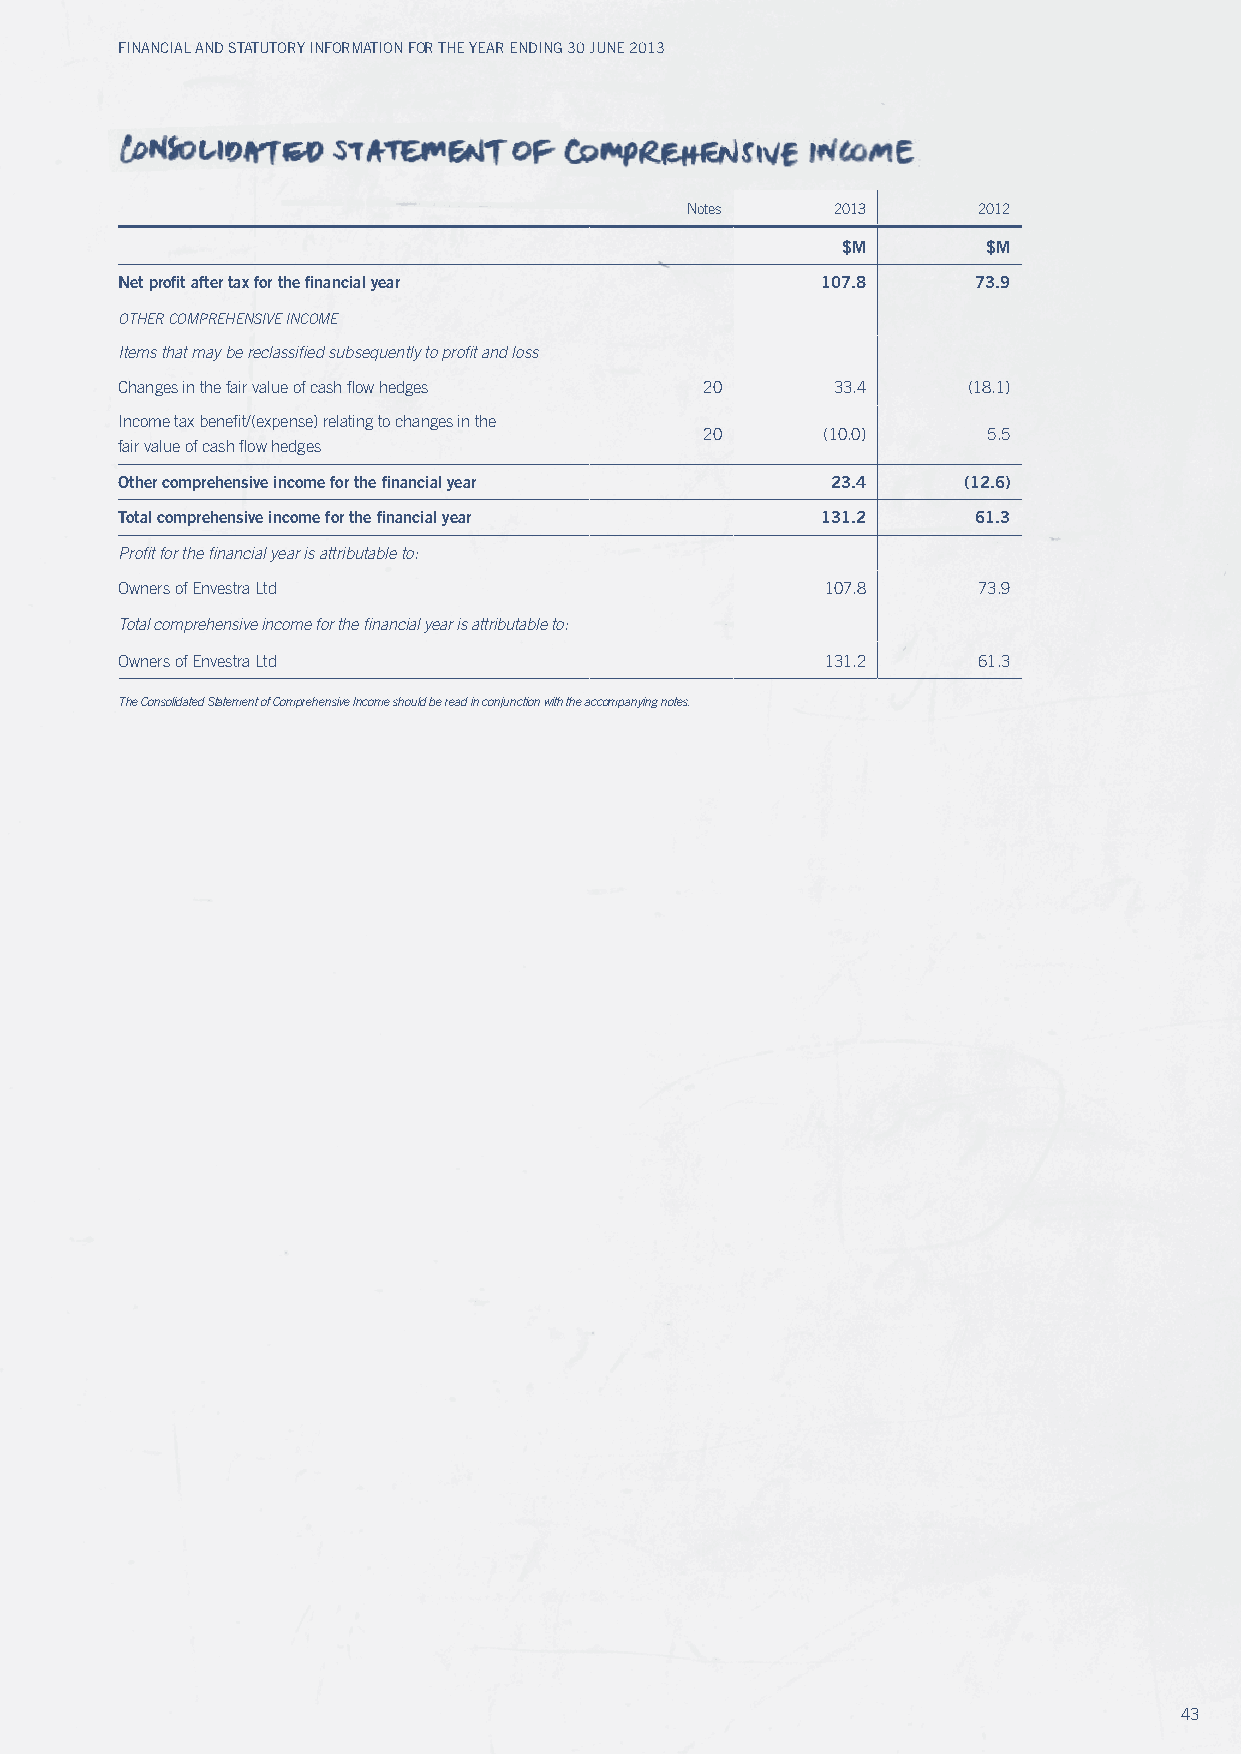
Financial and Statutory inFormation For the year ending 30 June 2013
 Notes     2013      2012
 $M       $M
 Net profit after tax for the financial year   107.8      73.9
 otHER CoMpREHEnsIvE InCoME
 Items that may be reclassified subsequently to profit and loss
 Changes in the fair value of cash flow hedges 20 33.4   (18.1)
 Income tax benefit/(expense) relating to changes in the
 20     (10.0)     5.5
 fair value of cash flow hedges
 Other comprehensive income for the financial year 23.4  (12.6)
 Total comprehensive income for the financial year 131.2  61.3
 profit for the financial year is attributable to:
 Owners of Envestra Ltd                         107.8     73.9
 total comprehensive income for the financial year is attributable to:
 Owners of Envestra Ltd                         131.2     61.3
 the Consolidated statement of Comprehensive Income should be read in conjunction with the accompanying notes.
 43